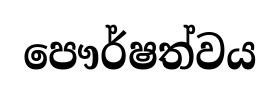
පෞර්ෂත්වය